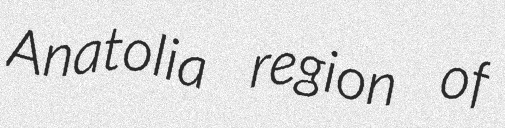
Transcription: Anatolia region of